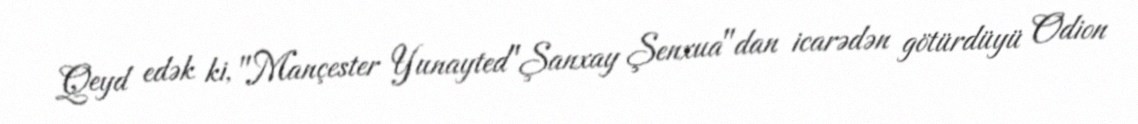
Qeyd edək ki, "Mançester Yunayted"Şanxay Şenxua"dan icarədən götürdüyü Odion